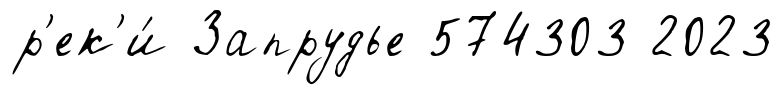
р'ек'и́ Запрудье 574303 2023